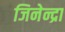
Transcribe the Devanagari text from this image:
जिनेन्द्रा